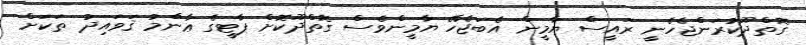
ގޮތްދޫކުރަންޖެހެނީ ރައީސް ޔާމީން އެބަޖެހޭ ޔާމީންވެސް ގޮތްދޫކޮށް ޕާޓީގެ ޢާންމު ޤަވައިދު ތަކަށް